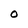
Character: O